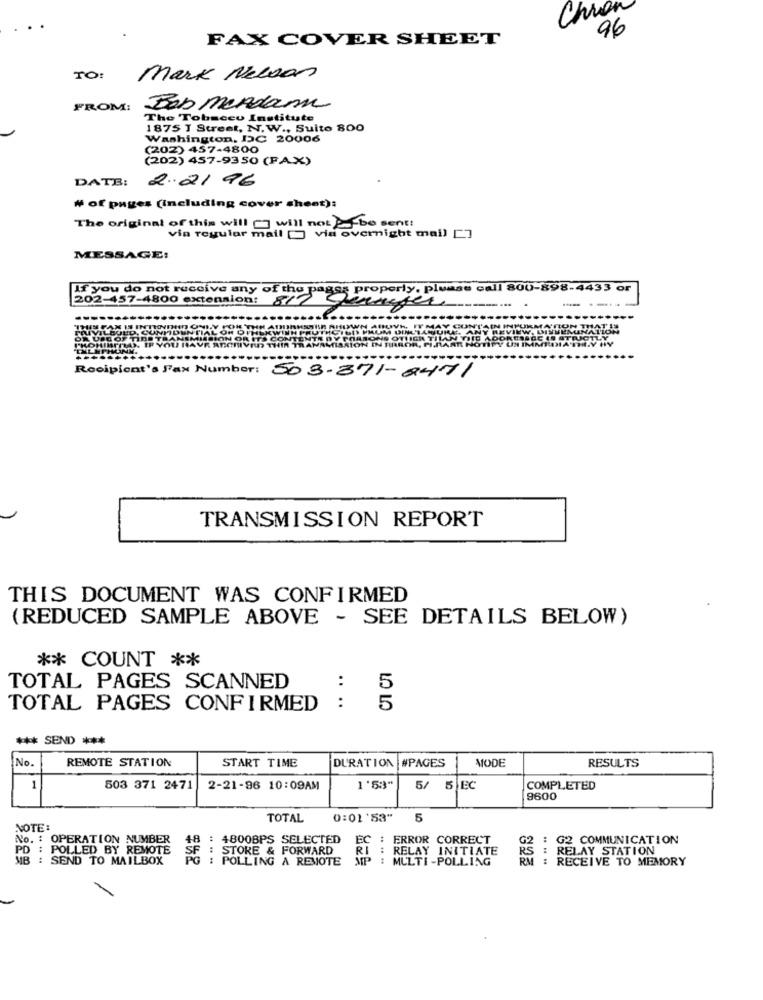
Chron
96
FAX COVER SHEET
TO:
Mark Nelsas
FROM:
Bob merdam
The Tobacco Institute
1875 T Street, N.W ., Suite 800
Washington, DC 20006
(202) 457-4800
(202) 457-9350 (FAX)
DATE: 2.21 96
# of pages (including cover sheet):
The original of this will [] will not -- be sent!
via regular mail [ via overnight mail []
MESSAGE:
If you do not receive any of the pages properly. please call 800-898-4433 or
202-457-4800 extension:
-
Recipient's Fax Number: 503-371-8471
TRANSMISSION REPORT
THIS DOCUMENT WAS CONFIRMED
(REDUCED SAMPLE ABOVE - SEE DETAILS BELOW)
** COUNT **
:
TOTAL PAGES SCANNED
5
TOTAL PAGES CONFIRMED :
5
*** SEND ***
REMOTE STATION
START TIME
MODE
RESULTS
No.
DURATION #PAGES
1
503 371 2471
2-21-96 10:09AM
1'53"
5/ 5 EC
COMPLETED
9600
TOTAL
0:01'53"
5
NOTE:
No. : OPERATION NUMBER
: 4800BPS SELECTED
EC
ERROR CORRECT
G2
: G2 COMMUNICATION
PD
POLLED BY REMOTE
48
STORE & FORWARD
: RELAY INITIATE
: RELAY STATION
MB : SEND TO MAILBOX
SF
: POLLING A REMOTE
MULTI -POLLING
RS
: RECEIVE TO MEMORY